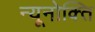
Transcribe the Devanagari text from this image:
न्यूनोक्‍ति